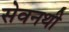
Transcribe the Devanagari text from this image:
सेवनथी